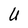
Character: U